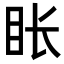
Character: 𬑇